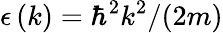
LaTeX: \epsilon\left(k\right)=\hbar^{2}k^{2}/(2m)